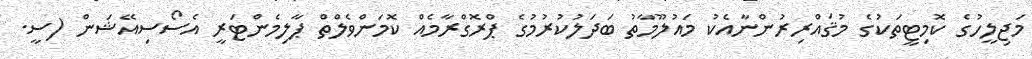
މަޖިލީހުގެ ކޮމިޓީތަކުގެ މުޤައްރިރުންނާއެކު މައުލޫމާތު ބަދަލުކުރުމުގެ ޕްރޮގްރާމެއް ކޮމަންވެލްތް ޕާލިމެންޓަރީ އެސޯސިއޭޝަން (ސީ.